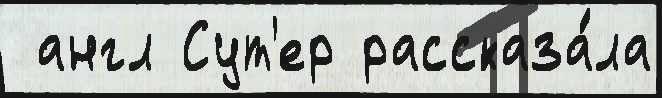
 англ Сут'ер рассказа́ла